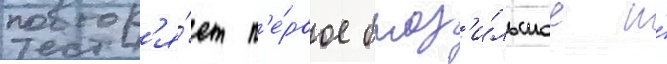
повтор'я́ет п'е́рвое браз'и́льское и́